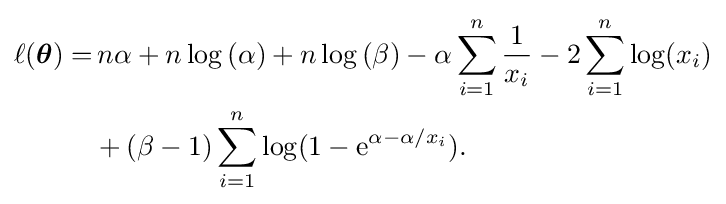
{\begin{aligned}\ell ({\boldsymbol {\theta }})=&\,n\alpha +n\log \left(\alpha \right)+n\log \left(\beta \right)-\alpha \sum _{i=1}^{n}{\frac {1}{x_{i}}}-2\sum _{i=1}^{n}\log(x_{i})\\&+(\beta -1)\sum _{i=1}^{n}\log(1-\mathrm {e} ^{\alpha -\alpha /x_{i}}).\end{aligned}}